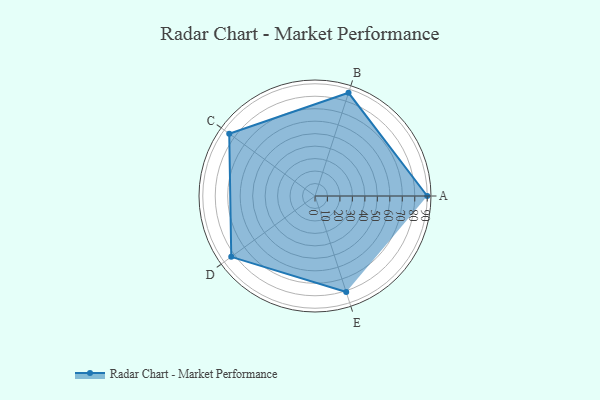
{"axis": {"x": "Skill", "y": "Score"}, "legend": ["Profile"], "data": [{"x": "A", "y": 90.0, "type": "Profile"}, {"x": "B", "y": 87.0, "type": "Profile"}, {"x": "C", "y": 85.0, "type": "Profile"}, {"x": "D", "y": 83.0, "type": "Profile"}, {"x": "E", "y": 81.0, "type": "Profile"}]}